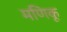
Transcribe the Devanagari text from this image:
मणिकू